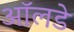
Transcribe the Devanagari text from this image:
ऑलडे